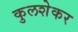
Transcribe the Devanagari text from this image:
कुलशेकर